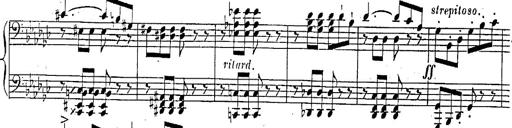
Title: Marche et Cavatine de Lucie de Lammermoor, S.398
Composer: Franz Liszt